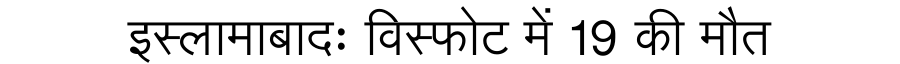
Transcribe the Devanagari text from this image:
इस्लामाबादः विस्फोट में 19 की मौत